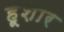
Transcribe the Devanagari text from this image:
हूशार